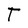
Character: t